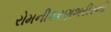
રોમનીકરણશરીરની